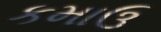
કમાઉ